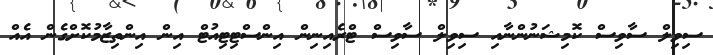
ސިވިލް ސާވިސް ކޮމިޝަނުންނާއި ސިވިލް ސާވިސް ޓްރެއިނިން އިންސްޓިޓިއުޓް އިން އިންތިޒާމުކޮށްގެން އެއް